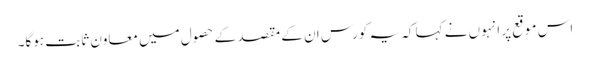
اس موقع پر انہوں نے کہا کہ یہ کورس ان کے مقصد کے حصول میں معاون ثابت ہوگا۔